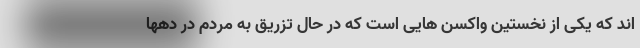
اند که یکی از نخستین واکسن هایی است که در حال تزریق به مردم در دهها